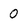
Character: 0